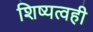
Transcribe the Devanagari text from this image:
शिष्यत्वही